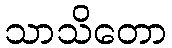
သာသိတော